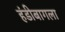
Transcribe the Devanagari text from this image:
हंडीबागला